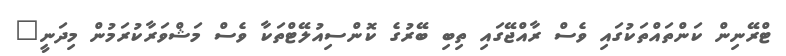
ޓްރޭނިން ކަންތައްތަކުގައި ވެސް ރާއްޖޭގައި ތިބި ބޭރުގެ ކޮންސިއުލޭޓްތަކާ ވެސް މަޝްވަރާކުރަމުން މިދަނީ"